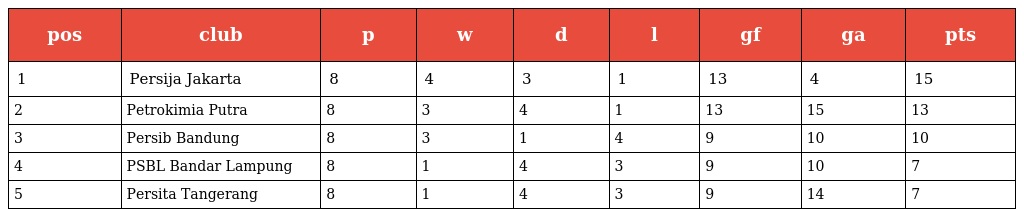
| pos | club | p | w | d | l | gf | ga | pts |
 | --- | --- | --- | --- | --- | --- | --- | --- | --- |
 | 1 | Persija Jakarta | 8 | 4 | 3 | 1 | 13 | 4 | 15 |
 | 2 | Petrokimia Putra | 8 | 3 | 4 | 1 | 13 | 15 | 13 |
 | 3 | Persib Bandung | 8 | 3 | 1 | 4 | 9 | 10 | 10 |
 | 4 | PSBL Bandar Lampung | 8 | 1 | 4 | 3 | 9 | 10 | 7 |
 | 5 | Persita Tangerang | 8 | 1 | 4 | 3 | 9 | 14 | 7 |